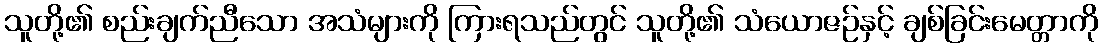
သူတို့၏ စည်းချက်ညီသော အသံများကို ကြားရသည်တွင် သူတို့၏ သံယောဇဉ်နှင့် ချစ်ခြင်းမေတ္တာကို